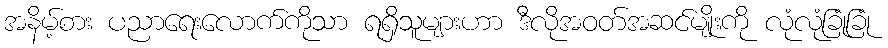
အနိမ့်စား ပညာရေးလောက်ကိုသာ ရရှိသူများဟာ ဒီလိုအဝတ်အဆင်မျိုးကို လုံလုံခြုံခြုံ